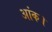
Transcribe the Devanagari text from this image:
आंक।